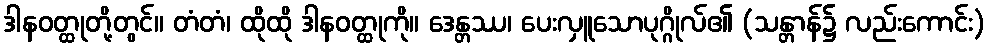
ဒါနဝတ္ထုတို့တွင်။ တံတံ၊ ထိုထို ဒါနဝတ္ထုကို။ ဒေန္တဿ၊ ပေးလှူသောပုဂ္ဂိုလ်၏ (သန္တာန်၌ လည်းကောင်း)